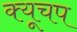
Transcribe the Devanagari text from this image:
क्यूचप